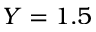
Y = 1 . 5